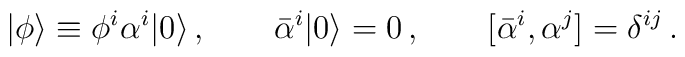
|\phi\rangle\equiv \phi^i\alpha^i|0\rangle\,,\qquad\bar{\alpha}^i|0\rangle=0\,,\qquad[\bar{\alpha}^i,\alpha^j]=\delta^{ij}\,.